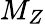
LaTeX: M_{Z}